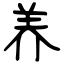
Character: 养